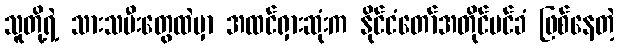
သူတို့ရဲ့ သားသမီးတွေထဲမှာ အထင်ရှားဆုံးက နိုင်ငံတော်အတိုင်ပင်ခံ ဖြစ်နေတဲ့